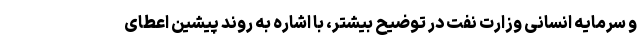
و سرمایه انسانی وزارت نفت در توضیح بیشتر، با اشاره به روند پیشین اعطای